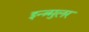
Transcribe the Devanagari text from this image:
इन्त्र्मुलर